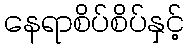
နေရာစိပ်စိပ်နှင့်